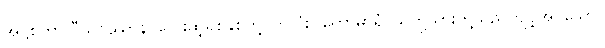
အဋ္ဌစတ္တာလီသဝဿာနိ၊ လေးဆဲ့ရှစ်နှစ်တို့ပတ်လုံး။ ကောမာရံ၊ သတို့သားတို့သည်ကျင့်အပ်သော။